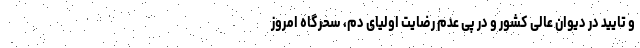
و تایید در دیوان عالی کشور و در پی عدم رضایت اولیای دم، سحرگاه امروز